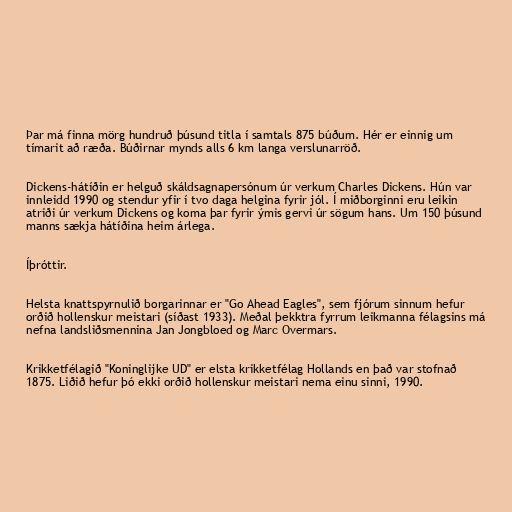
Þar má finna mörg hundruð þúsund titla í samtals 875 búðum. Hér er einnig um
tímarit að ræða. Búðirnar mynds alls 6 km langa verslunarröð.

Dickens-hátíðin er helguð skáldsagnapersónum úr verkum Charles Dickens. Hún var
innleidd 1990 og stendur yfir í tvo daga helgina fyrir jól. Í miðborginni eru leikin
atriði úr verkum Dickens og koma þar fyrir ýmis gervi úr sögum hans. Um 150 þúsund
manns sækja hátíðina heim árlega.

Íþróttir.

Helsta knattspyrnulið borgarinnar er "Go Ahead Eagles", sem fjórum sinnum hefur
orðið hollenskur meistari (síðast 1933). Meðal þekktra fyrrum leikmanna félagsins má
nefna landsliðsmennina Jan Jongbloed og Marc Overmars.

Krikketfélagið "Koninglijke UD" er elsta krikketfélag Hollands en það var stofnað
1875. Liðið hefur þó ekki orðið hollenskur meistari nema einu sinni, 1990.